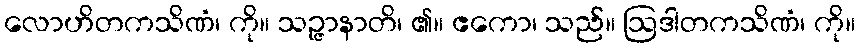
လောဟိတကသိဏံ၊ ကို။ သဉ္ဇာနာတိ၊ ၏။ ဧကော၊ သည်။ ဩဒါတကသိဏံ၊ ကို။